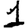
Digit: 1